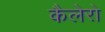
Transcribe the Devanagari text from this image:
कैलेरो